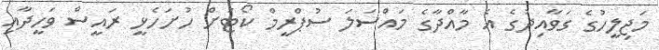
މަޖިލީހުގެ ގަވާއިދުގެ އެ މާއްދާގެ މައްސަލަ ސުޕްރީމް ކޯޓަށް ހުށަހެޅީ ރައީސް ވަހީދާއި